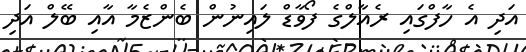
އަދި އެ ހާފްގައި ރެއާލްގެ ފޯވާޑް ލައިނުން ބެންޒެމާ އާއި ބޭލް އަދި